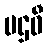
ပဌဝီ